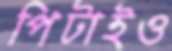
পিটাইও